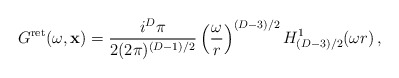
\begin{align*}G^{\rm ret}(\omega,{\bf x})=\frac{i^D \pi}{2(2\pi)^{(D-1)/2}} \left(\frac{\omega}{r}\right)^{(D-3)/2} H^1_{(D-3)/2}(\omega r)\,,\end{align*}